Elephants and their diseases
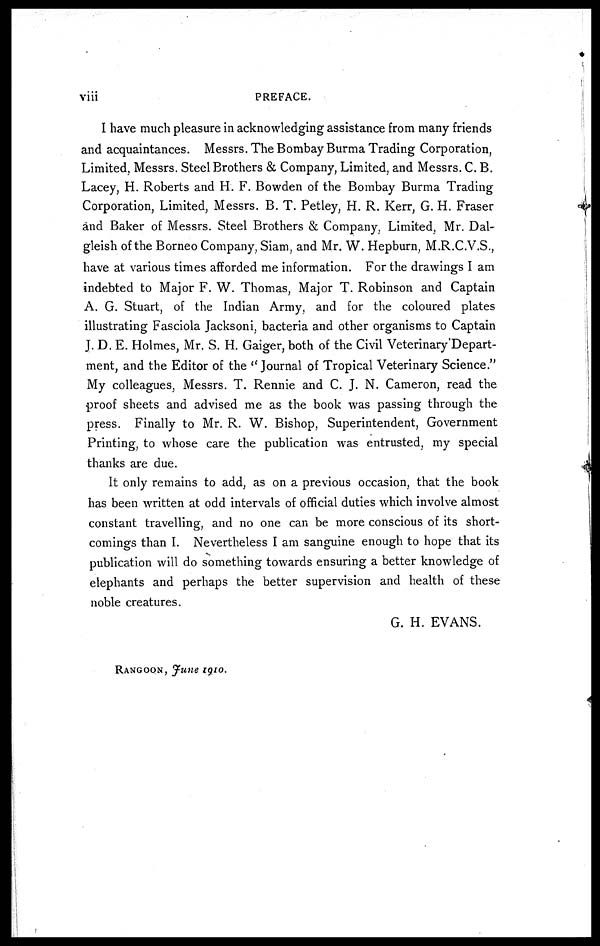
viii
PREFACE.
I have much pleasure in acknowledging assistance from many friends
and acquaintances. Messrs. The Bombay Burma Trading Corporation,
Limited, Messrs. Steel Brothers & Company, Limited, and Messrs. C. B.
Lacey, H. Roberts and H. F. Bowden of the Bombay Burma Trading
Corporation, Limited, Messrs. B. T. Petley, H. R. Kerr, G. H. Fraser
and Baker of Messrs. Steel Brothers & Company, Limited, Mr. Dal-
gleish of the Borneo Company, Siam, and Mr. W. Hepburn, M.R.C.V.S.,
have at various times afforded me information. For the drawings I am
indebted to Major F. W. Thomas, Major T. Robinson and Captain
A. G. Stuart, of the Indian Army, and for the coloured plates
illustrating Fasciola Jacksoni, bacteria and other organisms to Captain
J. D. E. Holmes, Mr. S. H. Gaiger, both of the Civil Veterinary'Depart-
ment, and the Editor of the "Journal of Tropical Veterinary Science."
My colleagues, Messrs. T. Rennie and C. J. N. Cameron, read the
proof sheets and advised me as the book was passing through the
press. Finally to Mr. R. W. Bishop, Superintendent, Government
Printing, to whose care the publication was entrusted, my special
thanks are due.
It only remains to add, as on a previous occasion, that the book
has been written at odd intervals of official duties which involve almost
constant travelling, and no one can be more conscious of its short-
comings than I. Nevertheless I am sanguine enough to hope that its
publication will do something towards ensuring a better knowledge of
elephants and perhaps the better supervision and health of these
noble creatures.
G. H. EVANS.
RANGOON, June 1910.